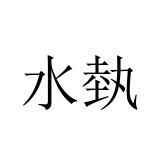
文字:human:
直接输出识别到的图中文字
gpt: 水埶